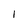
Character: 1